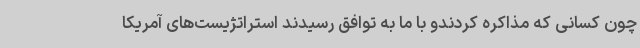
چون کسانی که مذاکره کردندو با ما به توافق رسیدند استراتژیست‌های آمریکا